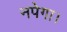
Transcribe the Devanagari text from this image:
नपेगा।